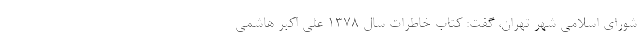
شورای اسلامی شهر تهران، گفت: کتاب خاطرات سال ۱۳۷۸ علی اکبر هاشمی